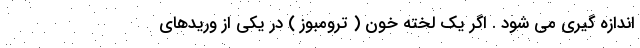
اندازه گیری می شود . اگر یک لخته خون ( ترومبوز ) در یکی از وریدهای